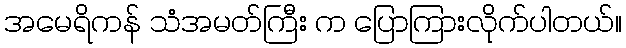
အမေရိကန် သံအမတ်ကြီး က ပြောကြားလိုက်ပါတယ်။